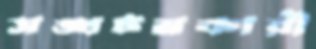
সঙ্ঘটনকারী